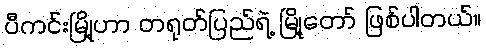
ပီကင်းမြို့ဟာ တရုတ်ပြည်ရဲ့ မြို့တော် ဖြစ်ပါတယ်။